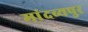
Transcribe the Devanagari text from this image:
मांदव्यपुर